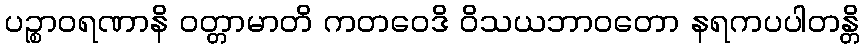
ပဉ္စာဝရဏာနိ ဝတ္တာမာတိ ကတဝေဒိ ဝိသယဘာဝတော နရကပပါတန္တိ